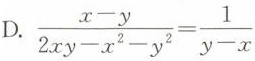
D.$$\frac { x - y } { 2 x y - x ^ { 2 } - y ^ { 2 } } = \frac { 1 } { y - x }$$